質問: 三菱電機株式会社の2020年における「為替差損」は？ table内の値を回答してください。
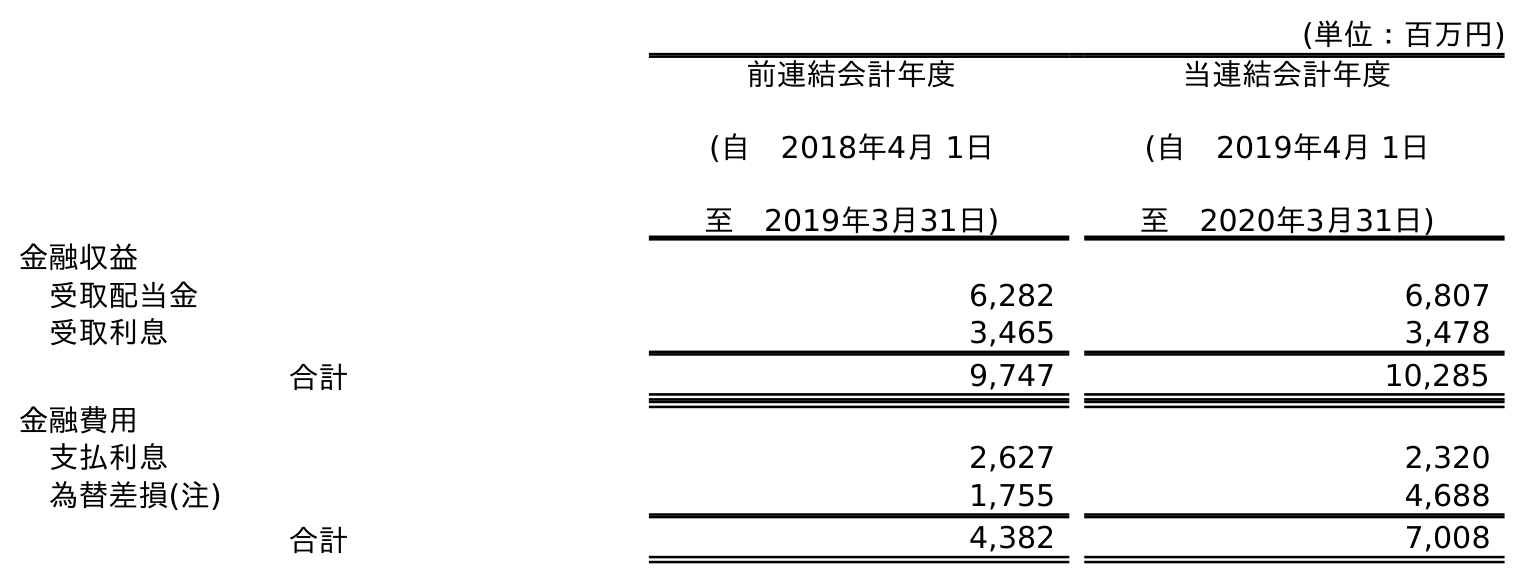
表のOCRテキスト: (単位：百万円) 前連結会計年度 (自 2018年4月 1日 至 2019年3月31日) 当連結会計年度 (自 2019年4月 1日 至 2020年3月31日) 金融収益 受取配当金 6,282 6,807 受取利息 3,465 3,478 合計 9,747 10,285 金融費用 支払利息 2,627 2,320 為替差損(注) 1,755 4,688 合計 4,382 7,008
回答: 4,688